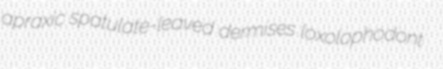
apraxic spatulate-leaved dermises loxolophodont